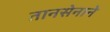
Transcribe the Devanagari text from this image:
तानसेनाने